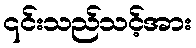
၎င်းသည်သင့်အား